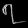
Digit: ၇